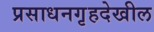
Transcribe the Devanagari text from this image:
प्रसाधनगृहदेखील